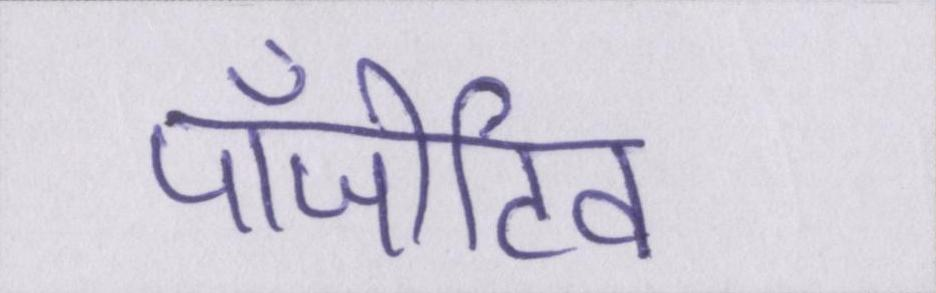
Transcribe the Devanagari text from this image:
पॉजीटिव